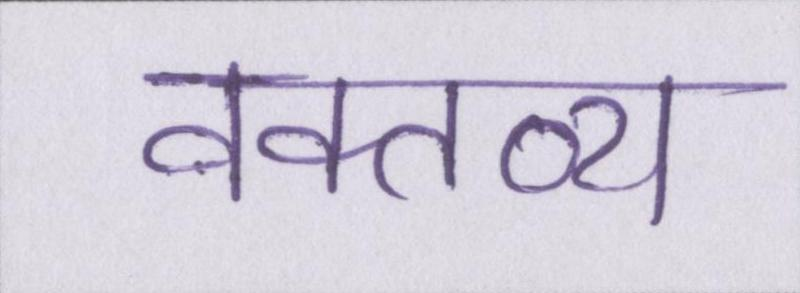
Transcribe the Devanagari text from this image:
वक्तव्य